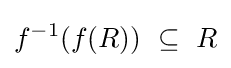
f^{-1}(f(R))~\subseteq ~R